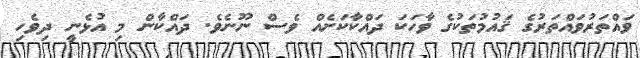
ވައްތަރުވައްތަރުގެ ޤައުމުތަކުގެ ވާހަކަ ދައްކާކަށެއް ވެސް ނޫނެވެ. ދައްކާން މި އުޅެނީ ދިވެހި